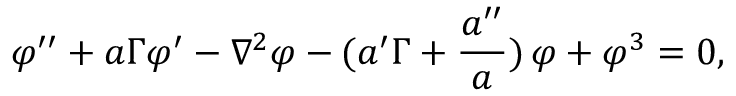
\varphi ^ { \prime \prime } + a \Gamma \varphi ^ { \prime } - \nabla ^ { 2 } \varphi - ( a ^ { \prime } \Gamma + \frac { a ^ { \prime \prime } } { a } ) \, \varphi + \varphi ^ { 3 } = 0 ,